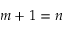
m + 1 = n